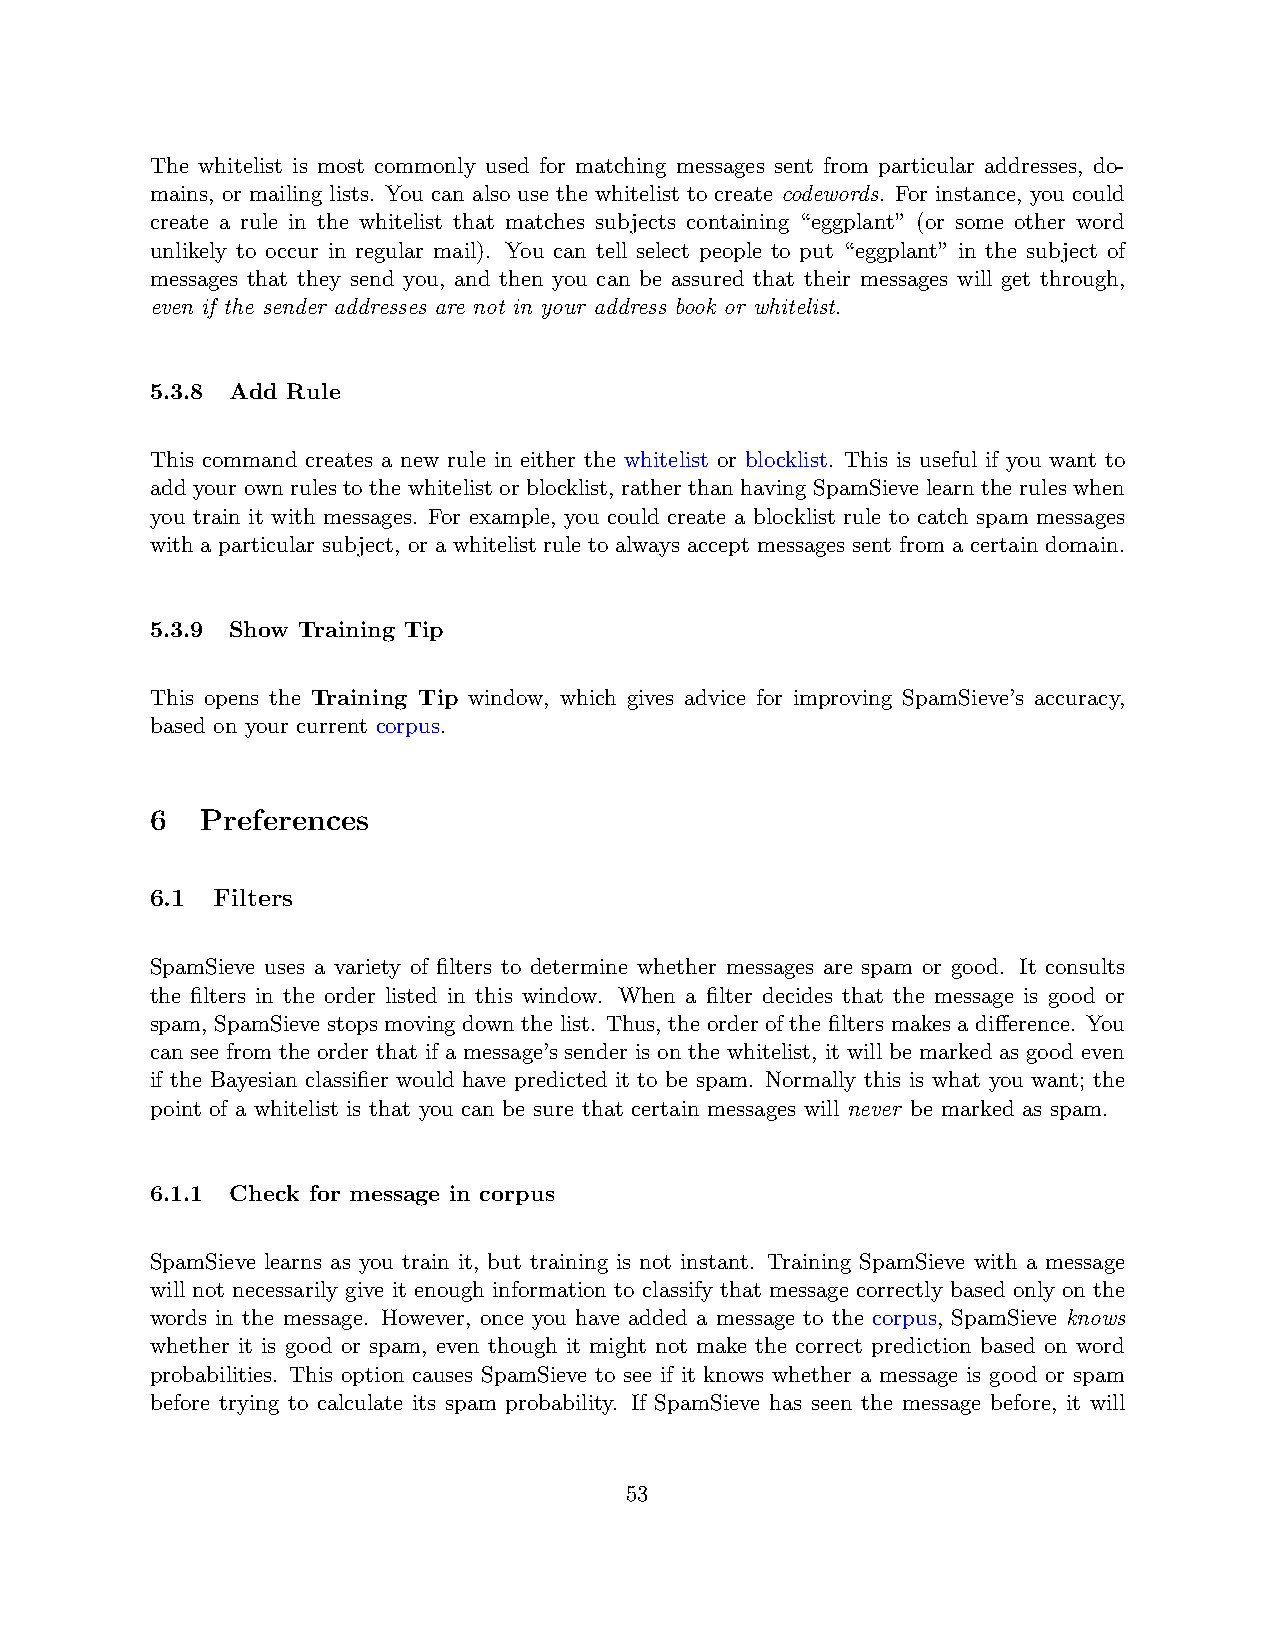
The whitelist is most commonly used for matching messages sent from particular addresses, do-
 mains, or mailing lists. You can also use the whitelist to create codewords. For instance, you could
 create a rule in the whitelist that matches subjects containing “eggplant” (or some other word
 unlikely to occur in regular mail). You can tell select people to put “eggplant” in the subject of
 messages that they send you, and then you can be assured that their messages will get through,
 even if the sender addresses are not in your address book or whitelist.
 5.3.8 Add Rule
 This command creates a new rule in either the whitelist or blocklist. This is useful if you want to
 add your own rules to the whitelist or blocklist, rather than having SpamSieve learn the rules when
 you train it with messages. For example, you could create a blocklist rule to catch spam messages
 with a particular subject, or a whitelist rule to always accept messages sent from a certain domain.
 5.3.9 Show Training Tip
 This opens the Training Tip window, which gives advice for improving SpamSieve’s accuracy,
 based on your current corpus.
 6  Preferences
 6.1 Filters
 SpamSieve uses a variety of filters to determine whether messages are spam or good. It consults
 the filters in the order listed in this window. When a filter decides that the message is good or
 spam, SpamSieve stops moving down the list. Thus, the order of the filters makes a difference. You
 can see from the order that if a message’s sender is on the whitelist, it will be marked as good even
 if the Bayesian classifier would have predicted it to be spam. Normally this is what you want; the
 point of a whitelist is that you can be sure that certain messages will never be marked as spam.
 6.1.1 Check for message in corpus
 SpamSieve learns as you train it, but training is not instant. Training SpamSieve with a message
 will not necessarily give it enough information to classify that message correctly based only on the
 words in the message. However, once you have added a message to the corpus, SpamSieve knows
 whether it is good or spam, even though it might not make the correct prediction based on word
 probabilities. This option causes SpamSieve to see if it knows whether a message is good or spam
 before trying to calculate its spam probability. If SpamSieve has seen the message before, it will
 53